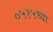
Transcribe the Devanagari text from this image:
०५१५च्या